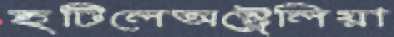
হটিলেঅস্ট্রেলিয়া